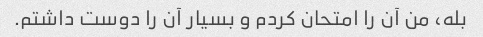
بله، من آن را امتحان کردم و بسیار آن را دوست داشتم.